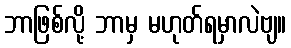
ဘာဖြစ်လို့ ဘာမှ မဟုတ်ရမှာလဲဗျ။